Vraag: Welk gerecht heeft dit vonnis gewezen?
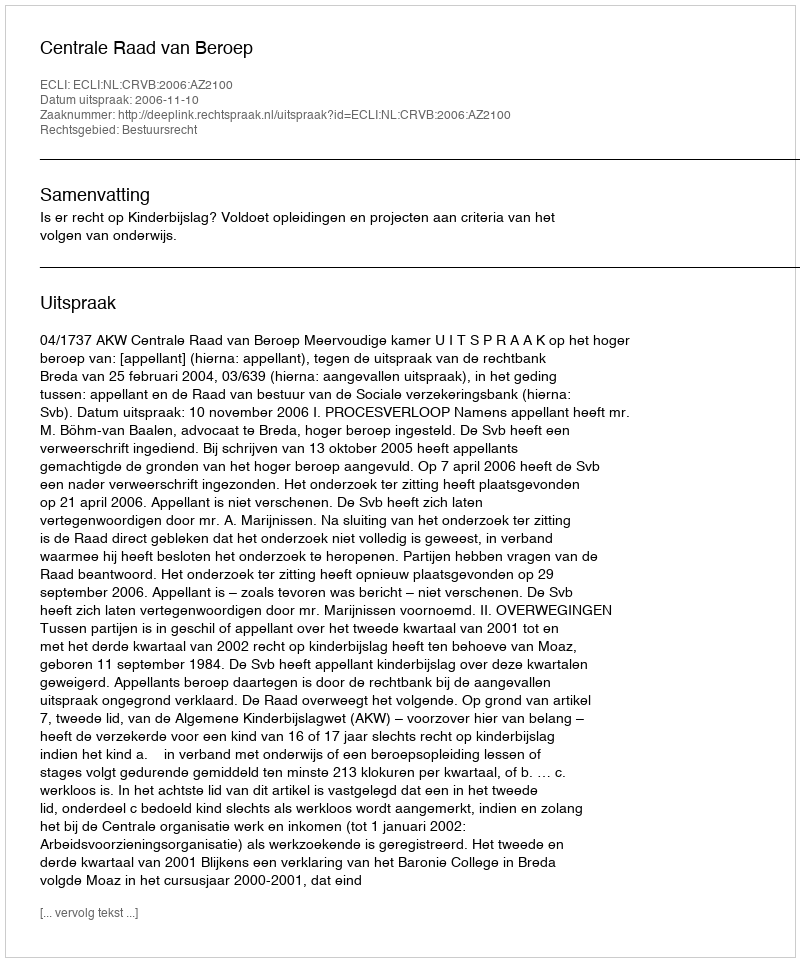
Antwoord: Centrale Raad van Beroep